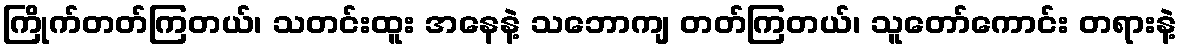
ကြိုက်တတ်ကြတယ်၊ သတင်းထူး အနေနဲ့ သဘောကျ တတ်ကြတယ်၊ သူတော်ကောင်း တရားနဲ့